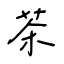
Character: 茶